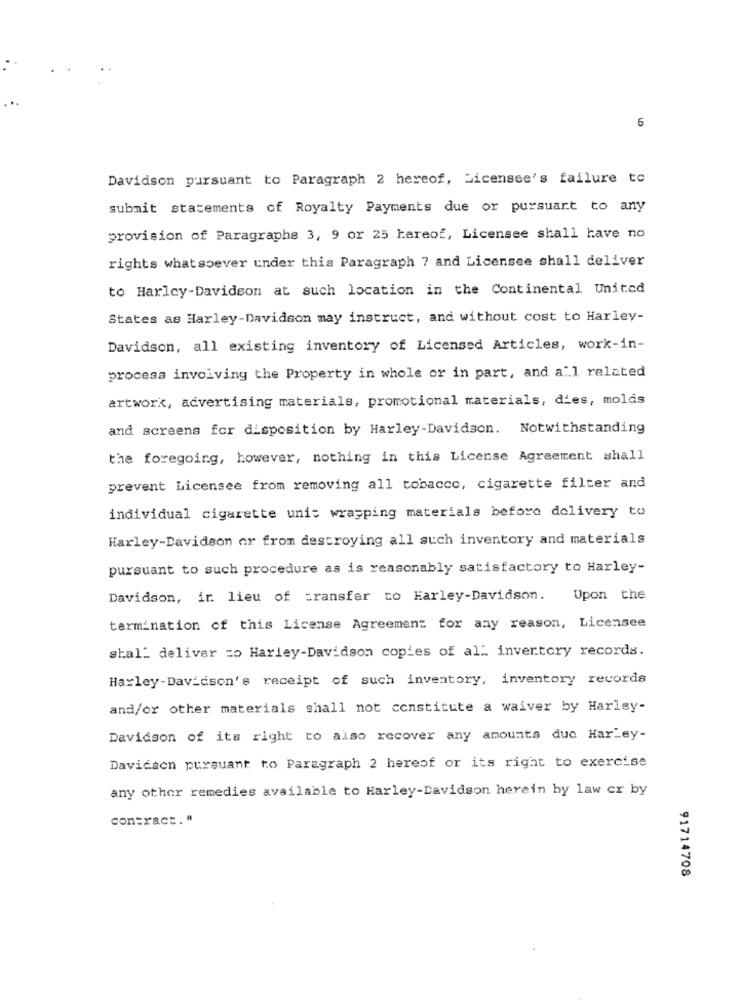
6
Davidson pursuant to Paragraph 2 hereof, Licensee's failure to
submit statements of Royalty Payments due or pursuart to any
provision of Paragraphe 3, 9 or 25 hereof, Licensee shall have no
rights whatsoever under this Paragraph 7 and Licensee shall deliver
to Harley-Davidson at such location in the Continental United
States as Harley-Davidson may instruct, and without cost to Harley-
Davidson, all existing inventory of Licensed Articles, work-in-
process involving the Property in whole or in part, and all related
artwork, advertising materials, promotional materials, dies, molds
and screens for disposition by Harley-Davidson. Notwithstanding
the foregoing, however, nothing in this License Agreement shall
prevent Licensee from removing all tobacco, cigarette filter and
individual cigarette unit wrapping materials before delivery to
Harley-Davidson or from destroying all such inventory and materials
pursuant to such procedure as is reasonably satisfactory to Harley-
Davidson, ir lieu of transfer to Harley-Davidson.
Upon the
termination of this License Agreement for any reason, Licensee
shal" deliver =o Harley-Davidson copies of all. invertory records.
Harley-Davidson's receipt of such inventory, inventory records
and/or other materials shall not constitute a waiver by Harley-
Davidson of its right to also recover any amounts duc Harley-
Davicaen pursuant to Paragraph 2 hereof or its right to exercise
any other remedies available to Harley-Davidson herein by law cr by
contract. "
91714708